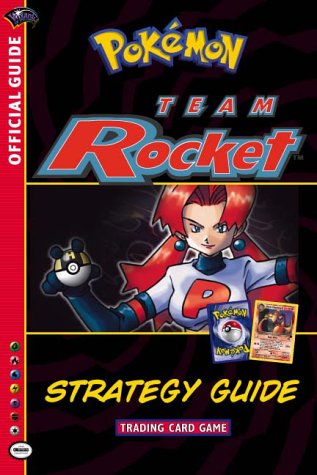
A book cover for Pokemon Team Rocket Strategy Guide (Official Pokemon Guides); Michael Mikaelian; Computers & Technology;